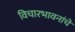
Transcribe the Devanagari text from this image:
विचारभावनांचे